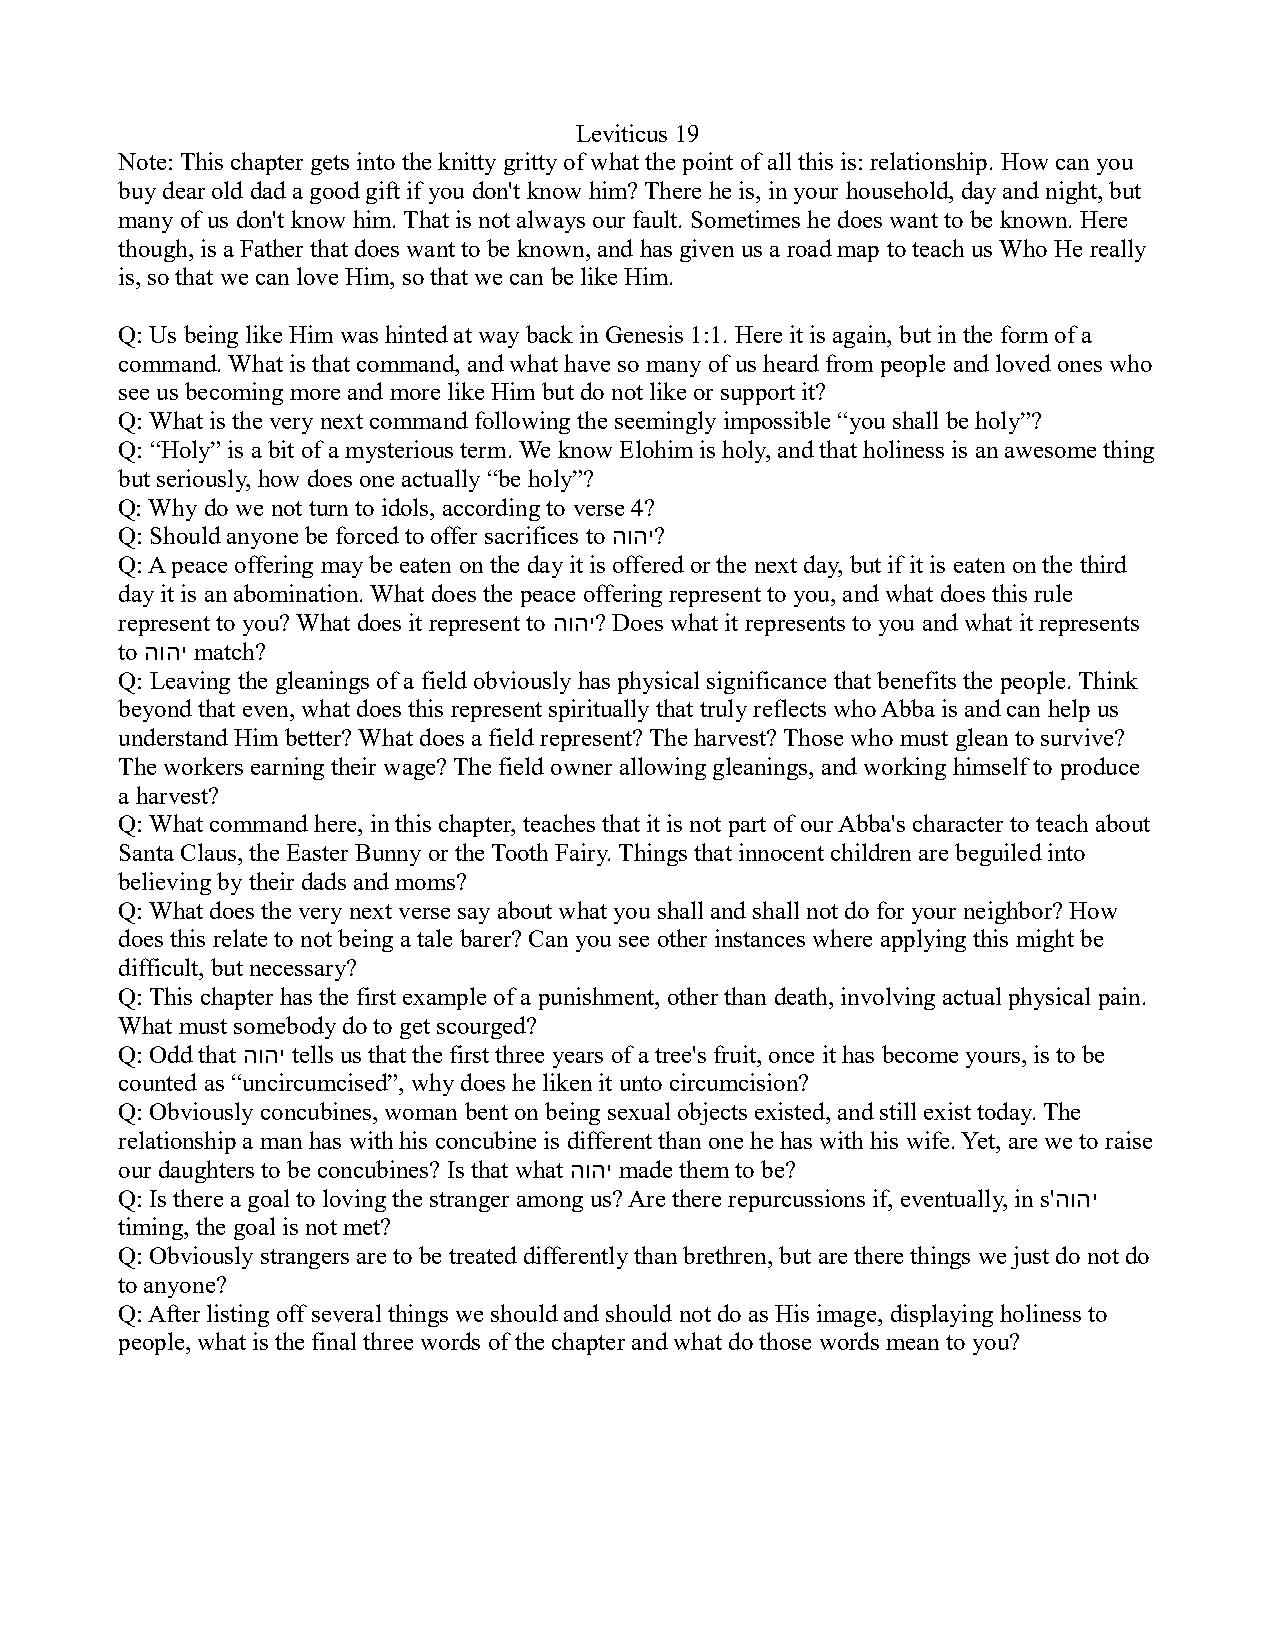
Leviticus 19
 Note: This chapter gets into the knitty gritty of what the point of all this is: relationship. How can you
 buy dear old dad a good gift if you don't know him? There he is, in your household, day and night, but
 many of us don't know him. That is not always our fault. Sometimes he does want to be known. Here
 though, is a Father that does want to be known, and has given us a road map to teach us Who He really
 is, so that we can love Him, so that we can be like Him.
 Q: Us being like Him was hinted at way back in Genesis 1:1. Here it is again, but in the form of a
 command. What is that command, and what have so many of us heard from people and loved ones who
 see us becoming more and more like Him but do not like or support it?
 Q: What is the very next command following the seemingly impossible “you shall be holy”?
 Q: “Holy” is a bit of a mysterious term. We know Elohim is holy, and that holiness is an awesome thing
 but seriously, how does one actually “be holy”?
 Q: Why do we not turn to idols, according to verse 4?
 Q: Should anyone be forced to offer sacrifices to הוהי?
 Q: A peace offering may be eaten on the day it is offered or the next day, but if it is eaten on the third
 day it is an abomination. What does the peace offering represent to you, and what does this rule
 represent to you? What does it represent to הוהי? Does what it represents to you and what it represents
 to הוהי match?
 Q: Leaving the gleanings of a field obviously has physical significance that benefits the people. Think
 beyond that even, what does this represent spiritually that truly reflects who Abba is and can help us
 understand Him better? What does a field represent? The harvest? Those who must glean to survive?
 The workers earning their wage? The field owner allowing gleanings, and working himself to produce
 a harvest?
 Q: What command here, in this chapter, teaches that it is not part of our Abba's character to teach about
 Santa Claus, the Easter Bunny or the Tooth Fairy. Things that innocent children are beguiled into
 believing by their dads and moms?
 Q: What does the very next verse say about what you shall and shall not do for your neighbor? How
 does this relate to not being a tale barer? Can you see other instances where applying this might be
 difficult, but necessary?
 Q: This chapter has the first example of a punishment, other than death, involving actual physical pain.
 What must somebody do to get scourged?
 Q: Odd that הוהי tells us that the first three years of a tree's fruit, once it has become yours, is to be
 counted as “uncircumcised”, why does he liken it unto circumcision?
 Q: Obviously concubines, woman bent on being sexual objects existed, and still exist today. The
 relationship a man has with his concubine is different than one he has with his wife. Yet, are we to raise
 our daughters to be concubines? Is that what הוהי made them to be?
 Q: Is there a goal to loving the stranger among us? Are there repurcussions if, eventually, in s'הוהי
 timing, the goal is not met?
 Q: Obviously strangers are to be treated differently than brethren, but are there things we just do not do
 to anyone?
 Q: After listing off several things we should and should not do as His image, displaying holiness to
 people, what is the final three words of the chapter and what do those words mean to you?